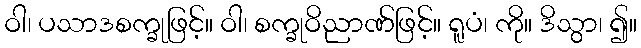
ဝါ၊ ပသာဒစက္ခုဖြင့်။ ဝါ၊ စက္ခုဝိညာဏ်ဖြင့်။ ရူပံ၊ ကို။ ဒိသွာ၊ ၍။